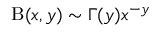
\mathrm { B } ( x , y ) \sim \Gamma ( y ) x ^ { - y }